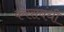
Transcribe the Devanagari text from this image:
करसंबंधी